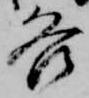
各